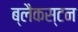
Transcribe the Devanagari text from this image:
ब्लैकस्टन